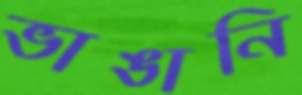
ভাঙানি